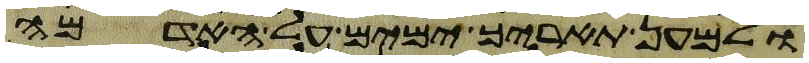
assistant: ולמען תאריך ימים על האדמה